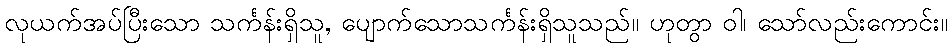
လုယက်အပ်ပြီးသော သင်္ကန်းရှိသူ, ပျောက်သောသင်္ကန်းရှိသူသည်။ ဟုတွာ ဝါ၊ သော်လည်းကောင်း။